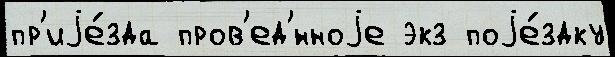
пр'иjе́зда пров'ед'́нноjе экз поjе́здку